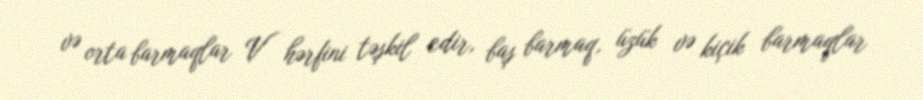
və orta barmaqlar V hərfini təşkil edir, baş barmaq, üzük və kiçik barmaqlar